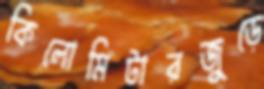
কিলোমিটারজুড়ে